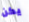
يكن